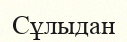
Сұлыдан